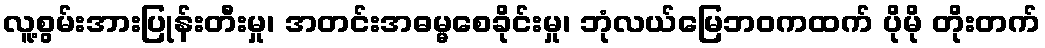
လူ့စွမ်းအားပြုန်းတီးမှု၊ အတင်းအဓမ္မစေခိုင်းမှု၊ ဘုံလယ်မြေဘဝကထက် ပိုမို တိုးတက်